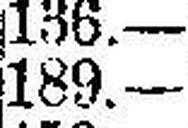
189.—